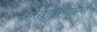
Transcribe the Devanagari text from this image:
कांताब्रियाच्या